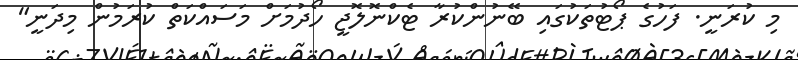
މި ކުރަނީ. ފަހުގެ ޕޯޓުތަކުގައި ބޭނުންކުރާ ޓެކްނޮލޮޖީ ހޯދުމަށް މަސައްކަތް ކުރަމުން މިދަނީ"